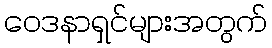
ဝေဒနာရှင်များအတွက်